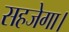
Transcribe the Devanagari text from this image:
सहजेगा।